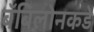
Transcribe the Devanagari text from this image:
बॅबिलोनकडे